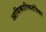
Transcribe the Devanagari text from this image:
आधिकारिकतंत्रिका